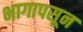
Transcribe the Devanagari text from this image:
भागापसून